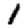
Digit: 1